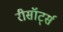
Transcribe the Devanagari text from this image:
रीसॉर्ट्स